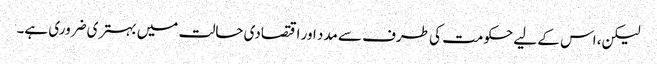
لیکن، اس کے لیے حکومت کی طرف سے مدد اور اقتصادی حالت میں بہتری ضروری ہے۔